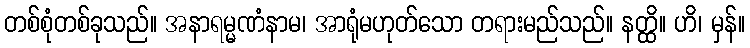
တစ်စုံတစ်ခုသည်။ အနာရမ္မဏံနာမ၊ အာရုံမဟုတ်သော တရားမည်သည်။ နတ္ထိ။ ဟိ၊ မှန်။